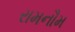
રામનૌમ